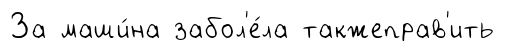
За маши́на забол'е́ла такжеправ'ить